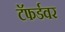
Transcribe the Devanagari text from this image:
टॅफर्डवर